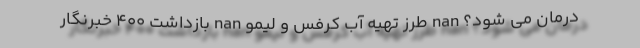
درمان می شود؟ nan طرز تهیه آب کرفس و لیمو nan بازداشت 400 خبرنگار